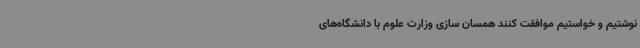
نوشتیم و خواستیم موافقت کنند همسان سازی وزارت علوم با دانشگاه‌های